Report of veterinary surgeon J.H. Steel, A.V.D., on his investigation into an obscure and fatal disease among transport mules in British Burma
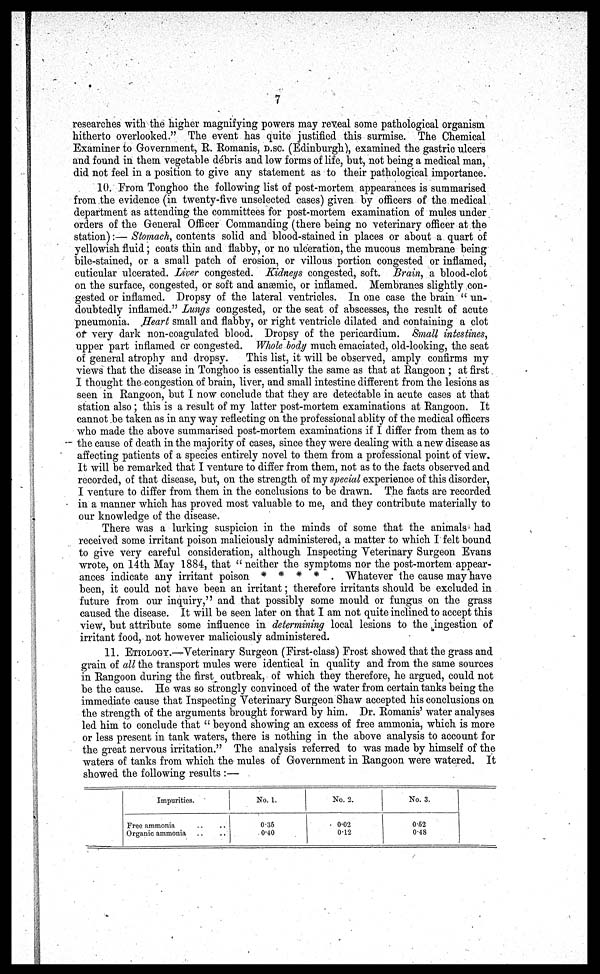
7
researches with the higher magnifying powers may reveal some pathological organism
hitherto overlooked." The event has quite justified this surmise. The Chemical
Examiner to Government, E. Romanis, D.SC. (Edinburgh), examined the gastric ulcers
and found in them vegetable debris and low forms of life, but, not being a medical man,
did not feel in a position to give any statement as to their pathological importance.
10. From Tonghoo the following list of post-mortem appearances is summarised
from the evidence (in twenty-five unselected cases) given by officers of the medical
department as attending the committees for post-mortem examination of mules under
orders of the General Officer Commanding (there being no veterinary officer at the
station):—Stomach, contents solid and blood-stained in places or about a quart of
yellowish fluid; coats thin and flabby, or no ulceration, the mucous membrane being
bile-stained, or a small patch of erosion, or villous portion congested or inflamed,
cuticular ulcerated. Liver congested. Kidneys congested, soft. Brain, a blood-clot
on the surface, congested, or soft and anæmic, or inflamed. Membranes slightly con-
gested or inflamed. Dropsy of the lateral ventricles. In one case the brain " un-
doubtedly inflamed." Lungs congested, or the seat of abscesses, the result of acute
pneumonia. .Heart small and flabby, or right ventricle dilated and containing a clot
or very dark non-coagulated blood. Dropsy of the pericardium. Small intestines,
upper part inflamed or congested. Whole body much emaciated, old-looking, the seat
of general atrophy and dropsy.
This list, it will be observed, amply confirms my
views that the disease in Tonghoo is essentially the same as that at Rangoon ; at first
I thought the-congestion of brain, liver, and small intestine different from the lesions as
seen in Rangoon, but I now conclude that they are detectable in acute cases at that
station also ; this is a result of my latter post-mortem examinations at Rangoon. It
cannot be taken as in any way reflecting on the professional ablity of the medical officers
who made the above summarised post-mortem examinations if I differ from them as to
the cause of death in the majority of cases, since they were dealing with a new disease as
affecting patients of a species entirely novel to them from a professional point of view.
It will be remarked that I venture to differ from them, not as to the facts observed and
recorded, of that disease, but, on the strength of my special experience of this disorder,
I venture to differ from them in the conclusions to be drawn. The facts are recorded
in a manner which has proved most valuable to me, and they contribute materially to
our knowledge of the disease.
There was a lurking suspicion in the minds of some that the animals had
received some irritant poison maliciously administered, a matter to which I felt bound
to give very careful consideration, although Inspecting Veterinary Surgeon Evans
wrote, on 14th May 1884, that " neither the symptoms nor the post-mortem appear-
ances indicate any irritant poison * * * * . Whatever the cause may have
been, it could not have been an irritant; therefore irritants should be excluded in
future from our inquiry," and that possibly some mould or fungus on the grass
caused the disease. It will be seen later on that I am not quite inclined to accept this
view, but attribute some influence in determining local lesions to the ingestion of
irritant food, not however maliciously administered.
11. ETIOLOGY.—Veterinary Surgeon (First-class) Frost showed that the grass and
grain of all the transport mules were identical in quality and from the same sources
in Rangoon during the first outbreak, of which they therefore, he argued, could not
be the cause. He was so strongly convinced of the water from certain tanks being the
immediate cause that Inspecting Veterinary Surgeon Shaw accepted his conclusions on
the strength of the arguments brought forward by him. Dr. Romanis' water analyses
led him to conclude that " beyond showing an excess of free ammonia, which is more
or less present in tank waters, there is nothing in the above analysis to account for
the great nervous irritation." The analysis referred to was made by himself of the
waters of tanks from which the mules of Government in Rangoon were watered. It
showed the following results :—
Impurities.
Free ammonia
Organic ammonia
No. 1.
0.35
0.40
No. 2.
0.02
0.12
No. 3.
0.52
0.48